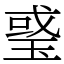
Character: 𤦂